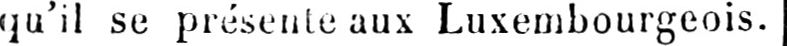
qu’il se présente aux Luxembourgeois.